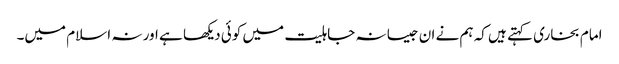
امام بخاری کہتے ہیں کہ ہم نے ان جیسا نہ جاہلیت میں کوئی دیکھا ہے اور نہ اسلام میں۔